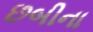
છબીના